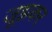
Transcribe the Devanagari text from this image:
जूझकर